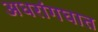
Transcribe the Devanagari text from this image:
अधरांगघात